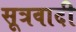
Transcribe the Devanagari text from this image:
सूत्रवादी